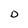
Character: D